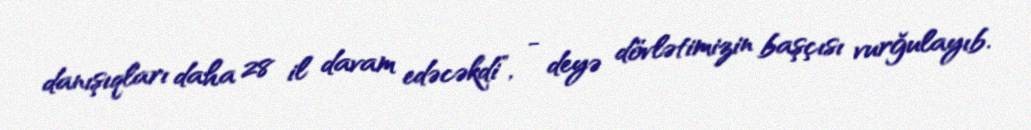
danışıqları daha 28 il davam edəcəkdi”, - deyə dövlətimizin başçısı vurğulayıb.